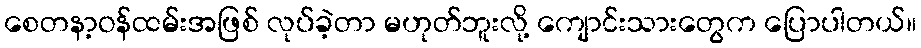
စေတနာ့ဝန်ထမ်းအဖြစ် လုပ်ခဲ့တာ မဟုတ်ဘူးလို့ ကျောင်းသားတွေက ပြောပါတယ်။